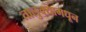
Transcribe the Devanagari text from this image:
तालुक्‍यामधून